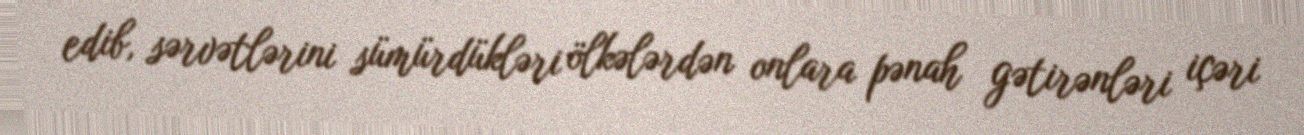
edib, sərvətlərini sümürdükləri ölkələrdən onlara pənah gətirənləri içəri